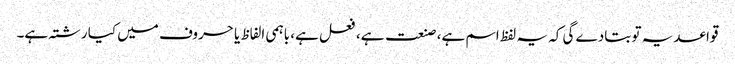
قواعد یہ تو بتادے گی کہ یہ لفظ اسم ہے، صنعت ہے، فعل ہے، باہمی الفاظ یا حروف میں کیا رشتہ ہے۔